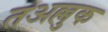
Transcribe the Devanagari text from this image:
तअल्लुक